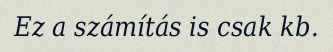
Ez a számítás is csak kb.